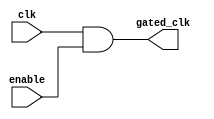
module conditional_clock_gating (
    input wire clk,          // Primary clock signal
    input wire enable,       // Enable signal to control clock gating
    output wire gated_clk    // Gated clock output
);

    // Using an AND gate for clock gating
    assign gated_clk = clk & enable;

endmodule